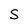
Character: S